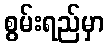
စွမ်းရည်မှာ